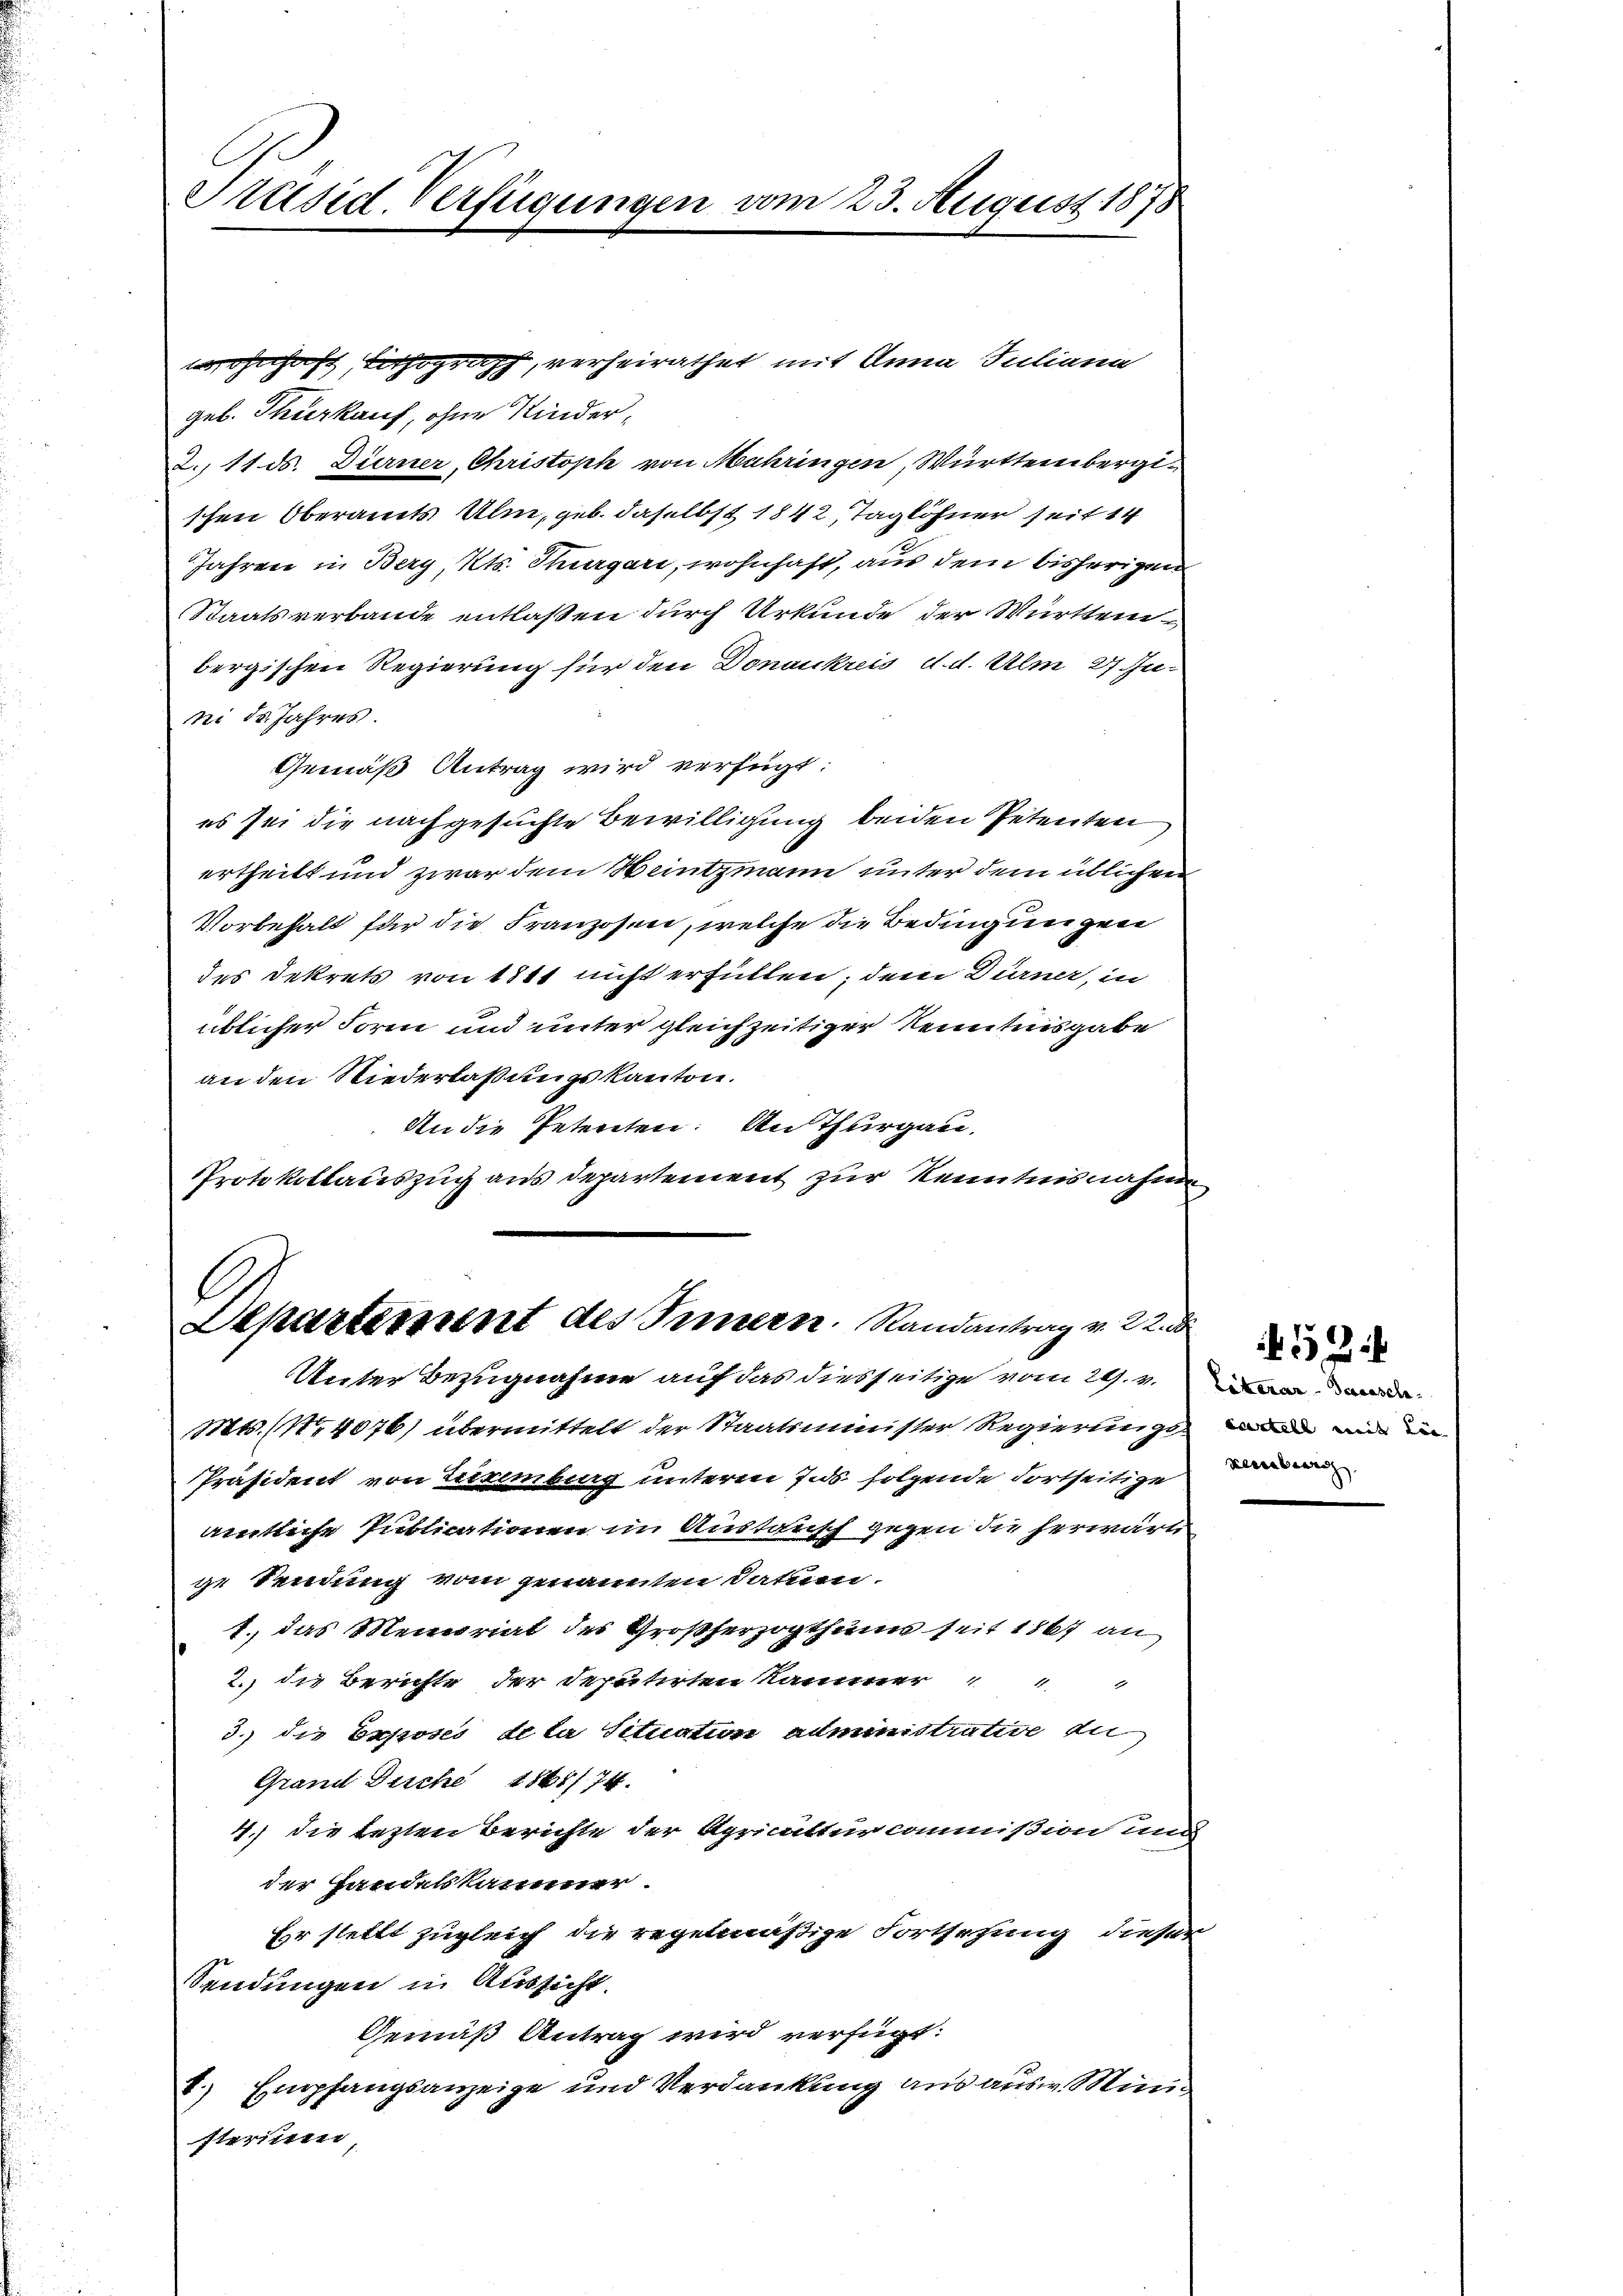
Präsid. Verfügungen vom 23. August 1878

nhaft Lithograph, verheirathet mit Anna Juliana
geb. Thierkauf, ohne Kinder¬
2., 11. ds. Dürner, Christoph von Mahringen, Württembergischen Oberamts Ulm, geb. daselbst 1842 Taglöhner seit 14
Jahren in Berg, Kts. Thurgari, wohnhaft, aus dem bisherigen
Staatsverbande entlaßen durch Urkunde der Württem
bergischen Regierung für den Donaukreis d. d. Ulm 27 Juni ds. Jahres.
Gemäß Antrag wird verfügt:
es sei die nachgesuchte Bewilligung beiden Petenten
ertheilt und zwar dem Weintzmann unter dem üblichen
Vorbehalt für die Franzosen, welche die Bedingungen
des Dekrets von 1811 nicht erfüllen; dem Dürner, in
üblicher Form und unter gleichzeitiger Kenntnisgabe
an den Niederlaßungskanton.
An die Petenten. An Thurgau.
Protokollauszug aus Departement zur Kenntnis nahme

Departement des Innern. Randantrag v. 22.
Unter Bezugnahme auf das diesseitige vom 29. v. a

Mts. (14076) übermittelt der Staatsminister Regierungs¬
Präsident von Eisenburg unterm 7. ds. folgende dortseitige
amtliche Publicationen im Austorisch gegen die herwärt
ge Sendung vom genannten Datum.
1. das Menariat des Großherzogthum seit 1867 an
2.) die Berichte, der deputirten Kammer " " "
3.) die Exposes de la situation administrative du
Grand Buche 1861/74.
4.) Die lezten Berichte der Apricatturcommission und
der Handelskammer.
Hr stellt zugleich die regelmäßige Fortsehung dieser
Sendungen in Aussicht.
Gemäß Antrag wird verfügt:
Empfangsanzeige und Verdankung aus aus. Mi¬
1
2
sterinen,

curtell mit die
xenberg

53